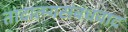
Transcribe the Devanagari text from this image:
तादात्म्यसंबंधवाद